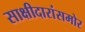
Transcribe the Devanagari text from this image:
साक्षीदारांसमोर